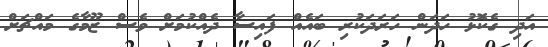
އަދި ގެކޮޅު ހަދަން ހަރަދަކުރި ބައެއް ފައިސާ ދެއްކުމަށް ވެސް ޒޫމާގެ މައްޗަށް